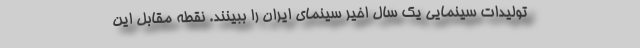
تولیدات سینمایی یک سال اخیر سینمای ایران را ببینند. نقطه مقابل این